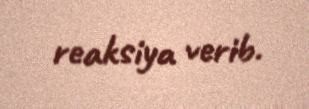
reaksiya verib.